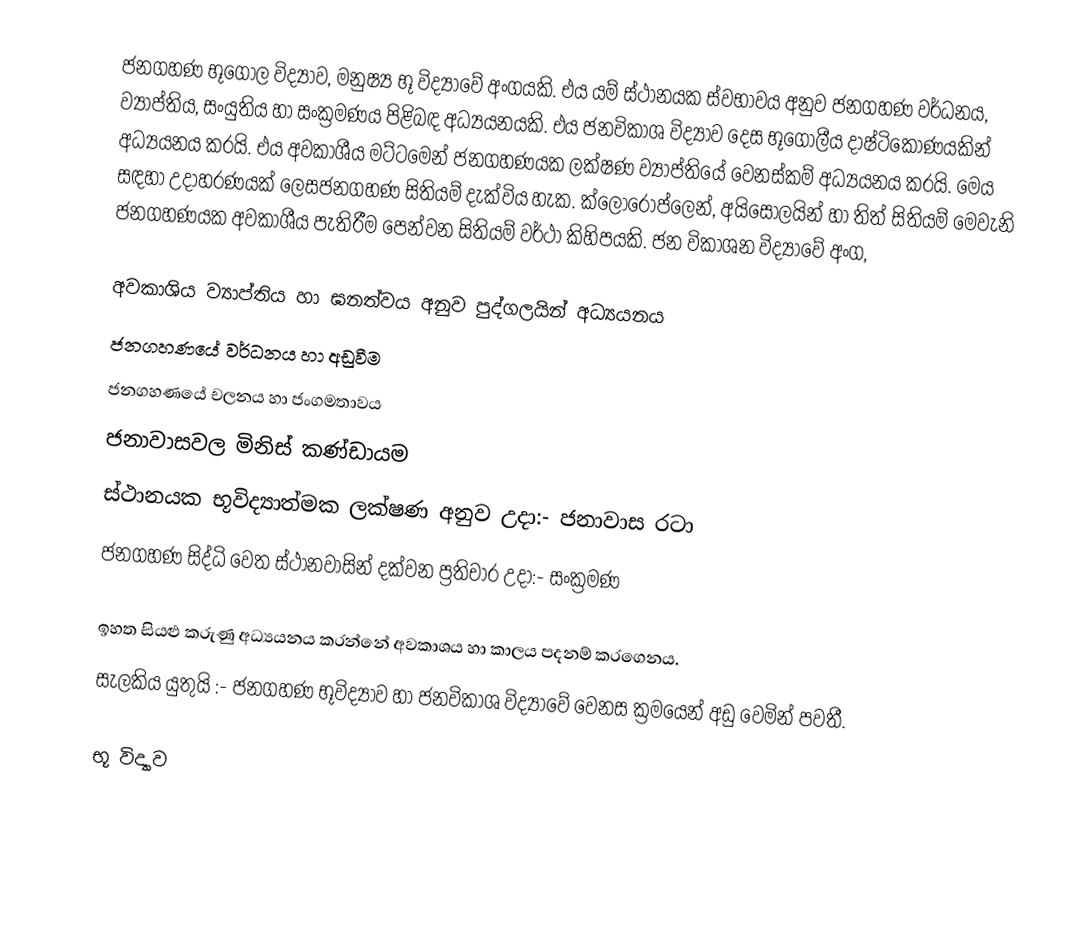
ජනගහණ භූගෝල විද්‍යාව, මනුෂ්‍ය භූ විද්‍යාවේ අංගයකි. එය යම් ස්ථානයක ස්වභාවය අනුව ජනගහණ වර්ධනය, ව්‍යාප්තිය, සංයුතිය හා සංක්‍රමණය පිළිබඳ අධ්‍යයනයකි. එය ජනවිකාශ විද්‍යාව දෙස භූගෝලීය දාෂ්ටිකෝණයකින් අධ්‍යයනය කරයි. එය අවකාශීය මට්ටමෙන් ජනගහණයක ලක්ෂණ ව්‍යාප්තියේ වෙනස්කම් අධ්‍යයනය කරයි. මෙය සඳහා උදාහරණයක් ලෙසජනගහණ සිතියම් දැක්විය හැක. ක්ලෝරොප්ලෙන්, අයිසෝලයින් හා තිත් සිතියම් මෙවැනි ජනගහණයක අවකාශීය පැතිරීම පෙන්වන සිතියම් වර්ථා කිහිපයකි. ජන විකාශන විද්‍යාවේ අංග,

 අවකාශිය ව්‍යාප්තිය හා ඝනත්වය අනුව පුද්ගලයින් අධ්‍යයනය
 ජනගහණයේ වර්ධනය හා අඩුවීම
ජනගහණයේ චලනය හා ජංගමතාවය
ජනාවාසවල මිනිස් කණ්ඩායම
ස්ථානයක භූවිද්‍යාත්මක ලක්ෂණ අනුව උදා:- ජනාවාස රටා
ජනගහණ සිද්ධි වෙත ස්ථානවාසින් දක්වන ප්‍රතිචාර උදා:- සංක්‍රමණ

ඉහත සියළු කරුණු අධ්‍යයනය කරන්නේ අවකාශය හා කාලය පදනම් කරගෙනය.
සැලකිය යුතුයි :- ජනගහණ භූවිද්‍යාව හා ජනවිකාශ විද්‍යාවේ වෙනස ක්‍රමයෙන් අඩු වෙමින් පවතී.

භූ විද්‍යාව